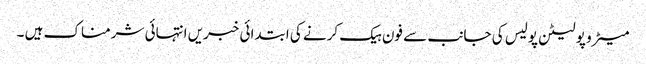
میٹرو پولیٹن پولیس کی جانب سے فون ہیک کرنے کی ابتدائی خبریں انتہائی شرمناک ہیں ۔